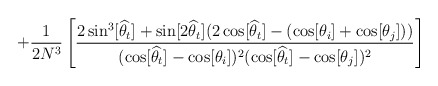
\begin{align*} +\frac{1}{2N^3} \left[ \frac{2 \sin^3 [\widehat{\theta}_t] +\sin [2\widehat{\theta}_t] ( 2 \cos[\widehat{\theta}_t] -(\cos[\theta_i]+\cos[\theta_j])) } {( \cos [\widehat{\theta}_t] - \cos[\theta_i])^2 ( \cos[\widehat{\theta}_t] - \cos[\theta_j])^2} \right]\end{align*}